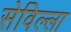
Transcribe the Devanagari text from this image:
सेविल्ला